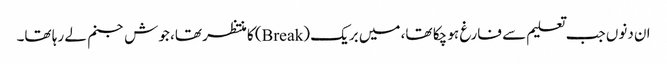
ان دنوں جب تعلیم سے فارغ ہو چکا تھا، میں بریک (Break) کا منتظر تھا، جوش جنم لے رہا تھا۔